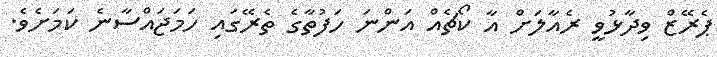
ޕެރޭޒް ވިދާޅުވީ ރެއާލަށް އާ ކޯޗެއް އަންނަ ހަފުތާގެ ތެރޭގައި ހަމަޖައްސާނެ ކަމަށެވެ.